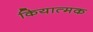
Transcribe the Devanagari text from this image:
कियात्मक